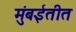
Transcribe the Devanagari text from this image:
मुंबईतीत